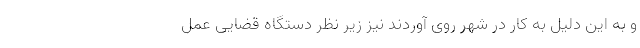
و به این دلیل به کار در شهر روی آوردند نیز زیر نظر دستگاه قضایی عمل